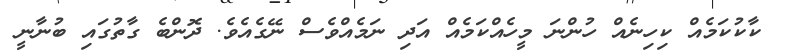
ކާކުކަމެއް ކިހިނެއް ހުންނަ މީހެއްކަމެއް އަދި ނަމެއްވެސް ނޭގެއެވެ. ދޮންބެ ގާތުގައި ބުނާނީ